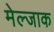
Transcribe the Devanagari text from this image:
मेल्जाक